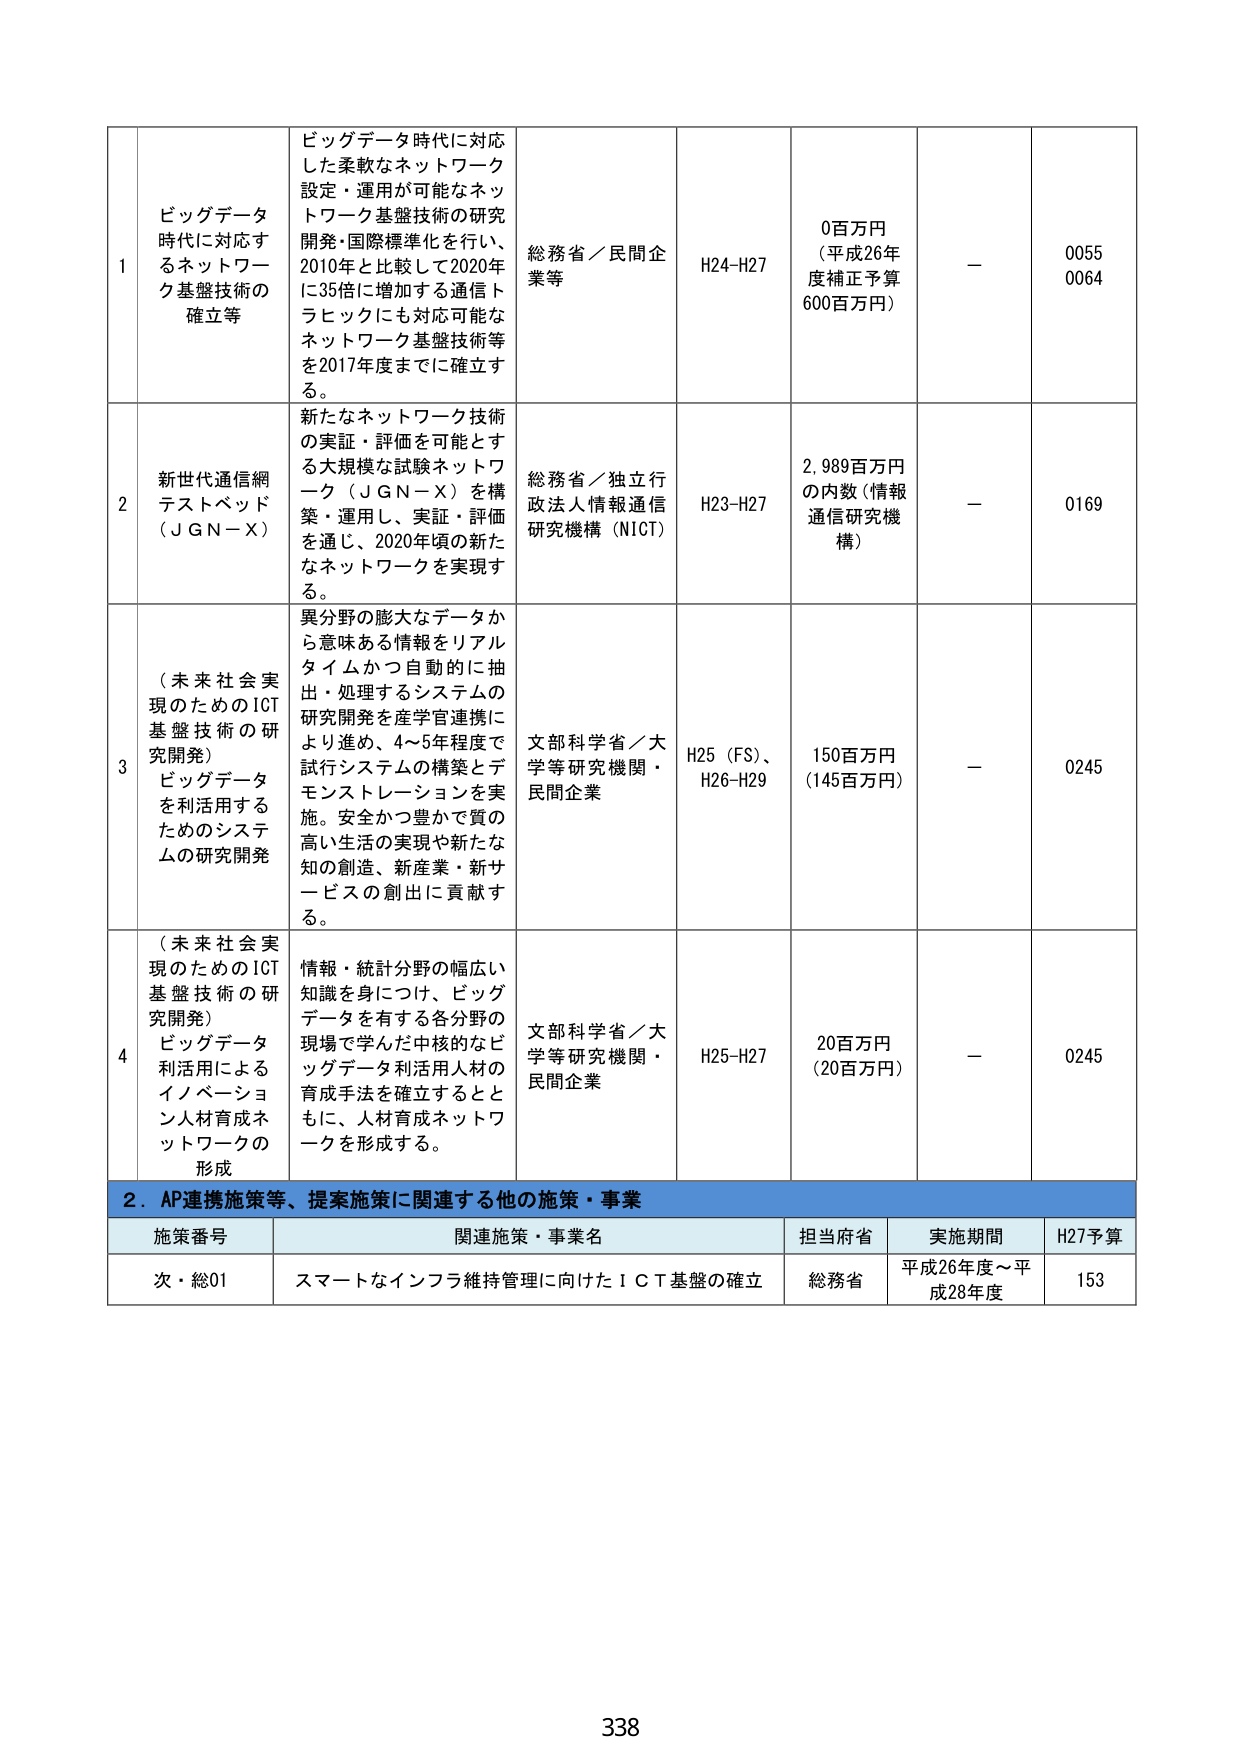
1 ビッグデータ時代に対応するネットワーク基盤技術の確立等 ビッグデータ時代に対応した柔軟なネットワーク設定・運用が可能なネットワーク基盤技術の研究開発・国際標準化を行い、2010年と比較して2020年に35倍に増加する通信トラフィックにも対応可能なネットワーク基盤技術等を2017年度までに確立する。 総務省／民間企業等 H24-H27 0百万円（平成26年度補正予算600百万円） － 0055 0064

2 新世代通信網テストベッド（JGN-X） 新たなネットワーク技術の実証・評価を可能とする大規模な試験ネットワーク（JGN-X）を構築・運用し、実証・評価を通じ、2020年頃の新たなネットワークを実現する。 総務省／独立行政法人情報通信研究機構（NICT） H23-H27 2,989百万円の内数（情報通信研究機構） － 0169

3 （未来社会実現のためのICT基盤技術の研究開発）ビッグデータを利活用するためのシステムの研究開発 異分野の膨大なデータから意味ある情報をリアルタイムかつ自動的に抽出・処理するシステムの研究開発を産学官連携により進め、4～5年程度で試行システムの構築とデモンストレーションを実施。安全かつ豊かで質の高い生活の実現や新たな知の創造、新産業・新サービスの創出に貢献する。 文部科学省／大学等研究機関・民間企業 H25（FS）、H26-H29 150百万円（145百万円） － 0245

4 （未来社会実現のためのICT基盤技術の研究開発）ビッグデータ利活用によるイノベーション人材育成ネットワークの形成 情報・統計分野の幅広い知識を身につけ、ビッグデータを有する各分野の現場で学んだ中核的なビッグデータ利活用人材の育成手法を確立するとともに、人材育成ネットワークを形成する。 文部科学省／大学等研究機関・民間企業 H25-H27 20百万円（20百万円） － 0245

2．AP連携施策等、提案施策に関連する他の施策・事業

施策番号 関連施策・事業名 担当府省 実施期間 H27予算

次・総01 スマートなインフラ維持管理に向けたＩＣＴ基盤の確立 総務省 平成26年度～平成28年度 153

338